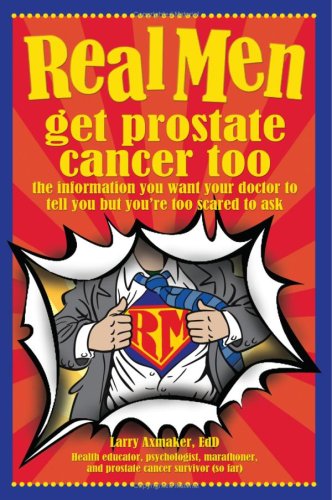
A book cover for Real Men Get Prostate Cancer Too: The Information You Want Your Doctor To Tell You But You're Too Scared To Ask; Larry Axmaker; Health, Fitness & Dieting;